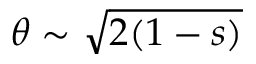
\theta \sim \sqrt { 2 ( 1 - s ) }